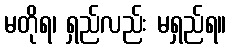
မတိုရ၊ ရှည်လည်း မရှည်ရ။